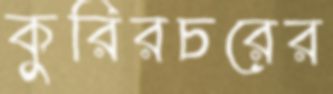
কুরিরচরের